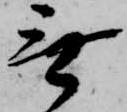
無